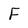
Character: F